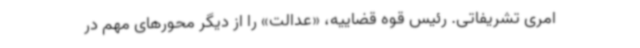
امری تشریفاتی. رئیس قوه قضاییه، «عدالت» را از دیگر محورهای مهم در